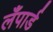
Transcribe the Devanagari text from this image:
लँपार्ड